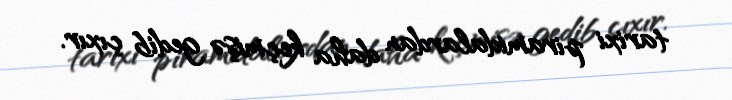
tarixi piramidalardan daha keçmişə gedib çıxır.